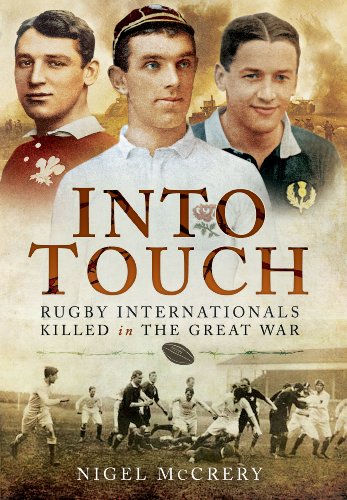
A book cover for Into Touch: Rugby Internationals Killed in the Great War; Nigel McCrery; Sports & Outdoors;